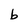
Character: b